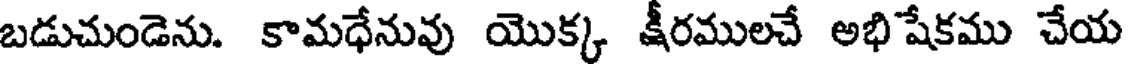
బడుచుండెను. కామధేనువు యొక్క క్షీరములచే అభిషేకము చేయ